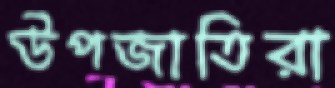
উপজাতিরা